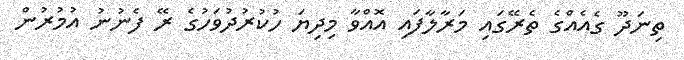
ތިނަދޫ ގެއެއްގެ ތެރޭގައި މަރާލާފައި އޮއްވާ މިދިޔަ ހުކުރުދުވަހުގެ ރޭ ފެނުނު އުމުރުން